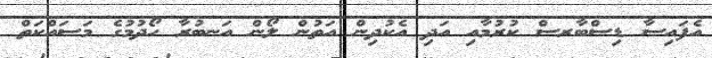
އެފައިސާ ޑިސްބާރސް ކުރުމާއި އަދި އެކުދިން އަތުން ލޯން އަނބުރާ ހޯދުމުގެ މަސައްކަތް